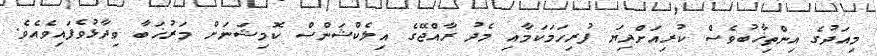
މިއަދުގެ އިންތިޚާބުވެސް ކުރިއަށްދިޔަ ފުރިހަމަކަމާއި މެދު ރާއްޖޭގެ އިލެކްޝަންސް ކޮމިޝަނަށް މަރުޚަބާ ވިދާޅުވެފައިވެއެވެ.